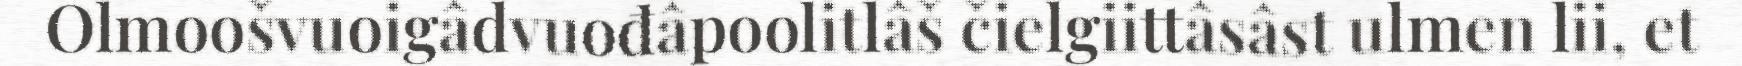
Olmoošvuoigâdvuođâpoolitlâš čielgiittâsâst ulmen lii, et